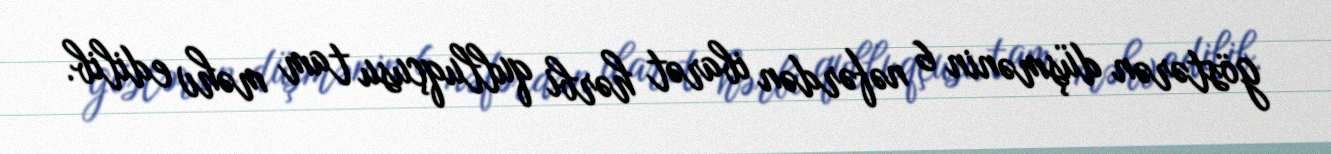
göstərən düşmənin 6 nəfərdən ibarət hərbi qulluqçusu tam məhv edilib.